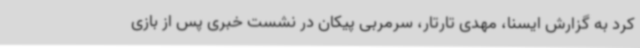
کرد به گزارش ایسنا، مهدی تارتار، سرمربی پیکان در نشست خبری پس از بازی